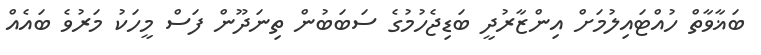
ބަޣާވާތް ހުއްޓައިލުމަށް އިންޒާރުދީ ބަޑިޖެހުމުގެ ސަބަބުން ތިނަދޫން ފަސް މީހަކު މަރުވެ ބައެއް